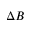
\Delta B